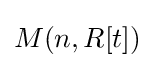
M(n,R[t])